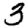
Digit: 3